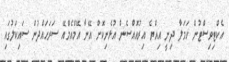
އެކްޓިވިސްޓުން ހަމަލާ ދިނީ އިއްޔެ އިރުއޮއްސެން އުޅެނިކޮށް އޭނާ އޭމްއެމްއޭ ސަރަހައްދުން ސައިކަލުގައި